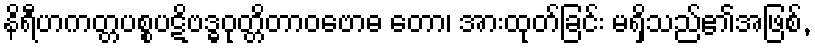
နိရီဟကတ္တပစ္စပဋိဗဒ္ဓဝုတ္တိတာဝဗောဓ တော၊ အားထုတ်ခြင်း မရှိသည်၏အဖြစ်,